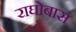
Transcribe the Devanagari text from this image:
राघोबास